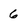
Character: 6